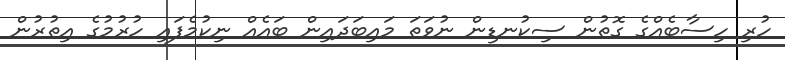
ހުރި ހިސާބެއްގެ ގޮތުން ސިކުނޑިން ނުވަތަ މައިބަދައިން ބައެއް ނިކުމެފައި ހުރުމުގެ އިތުރުން